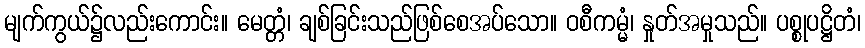
မျက်ကွယ်၌လည်းကောင်း။ မေတ္တံ၊ ချစ်ခြင်းသည်ဖြစ်စေအပ်သော။ ဝစီကမ္မံ၊ နှုတ်အမှုသည်။ ပစ္စုပဋ္ဌိတံ၊